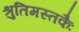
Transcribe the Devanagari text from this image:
श्रुतिमस्तकैः